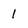
Character: 1